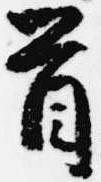
首